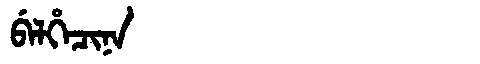
Manchu: ᠪᡝᠯᡥᡝᠴᡳᠨᠠ
Romanization: BELHECINA